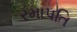
રમાપતિ